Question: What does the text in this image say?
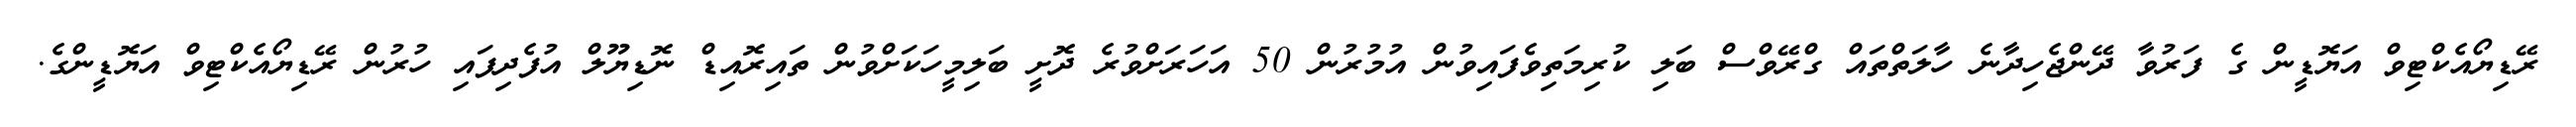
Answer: ރޭޑިޔޯއެކްޓިވް އަޔޮޑީން ގެ ފަރުވާ ދޭންޖެހިދާނެ ހާލަތްތައް ގްރޭވްސް ބަލި ކުރިމަތިވެފައިވުން އުމުރުން 50 އަހަރަށްވުރެ ދޮށީ ބަލިމީހަކަށްވުން ތައިރޮއިޑް ނޮޑިޔޫލް އުފެދިފައި ހުރުން ރޭޑިޔޯއެކްޓިވް އަޔޮޑީންގެ.